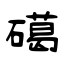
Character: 礍